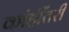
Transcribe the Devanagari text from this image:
कांहींतरी